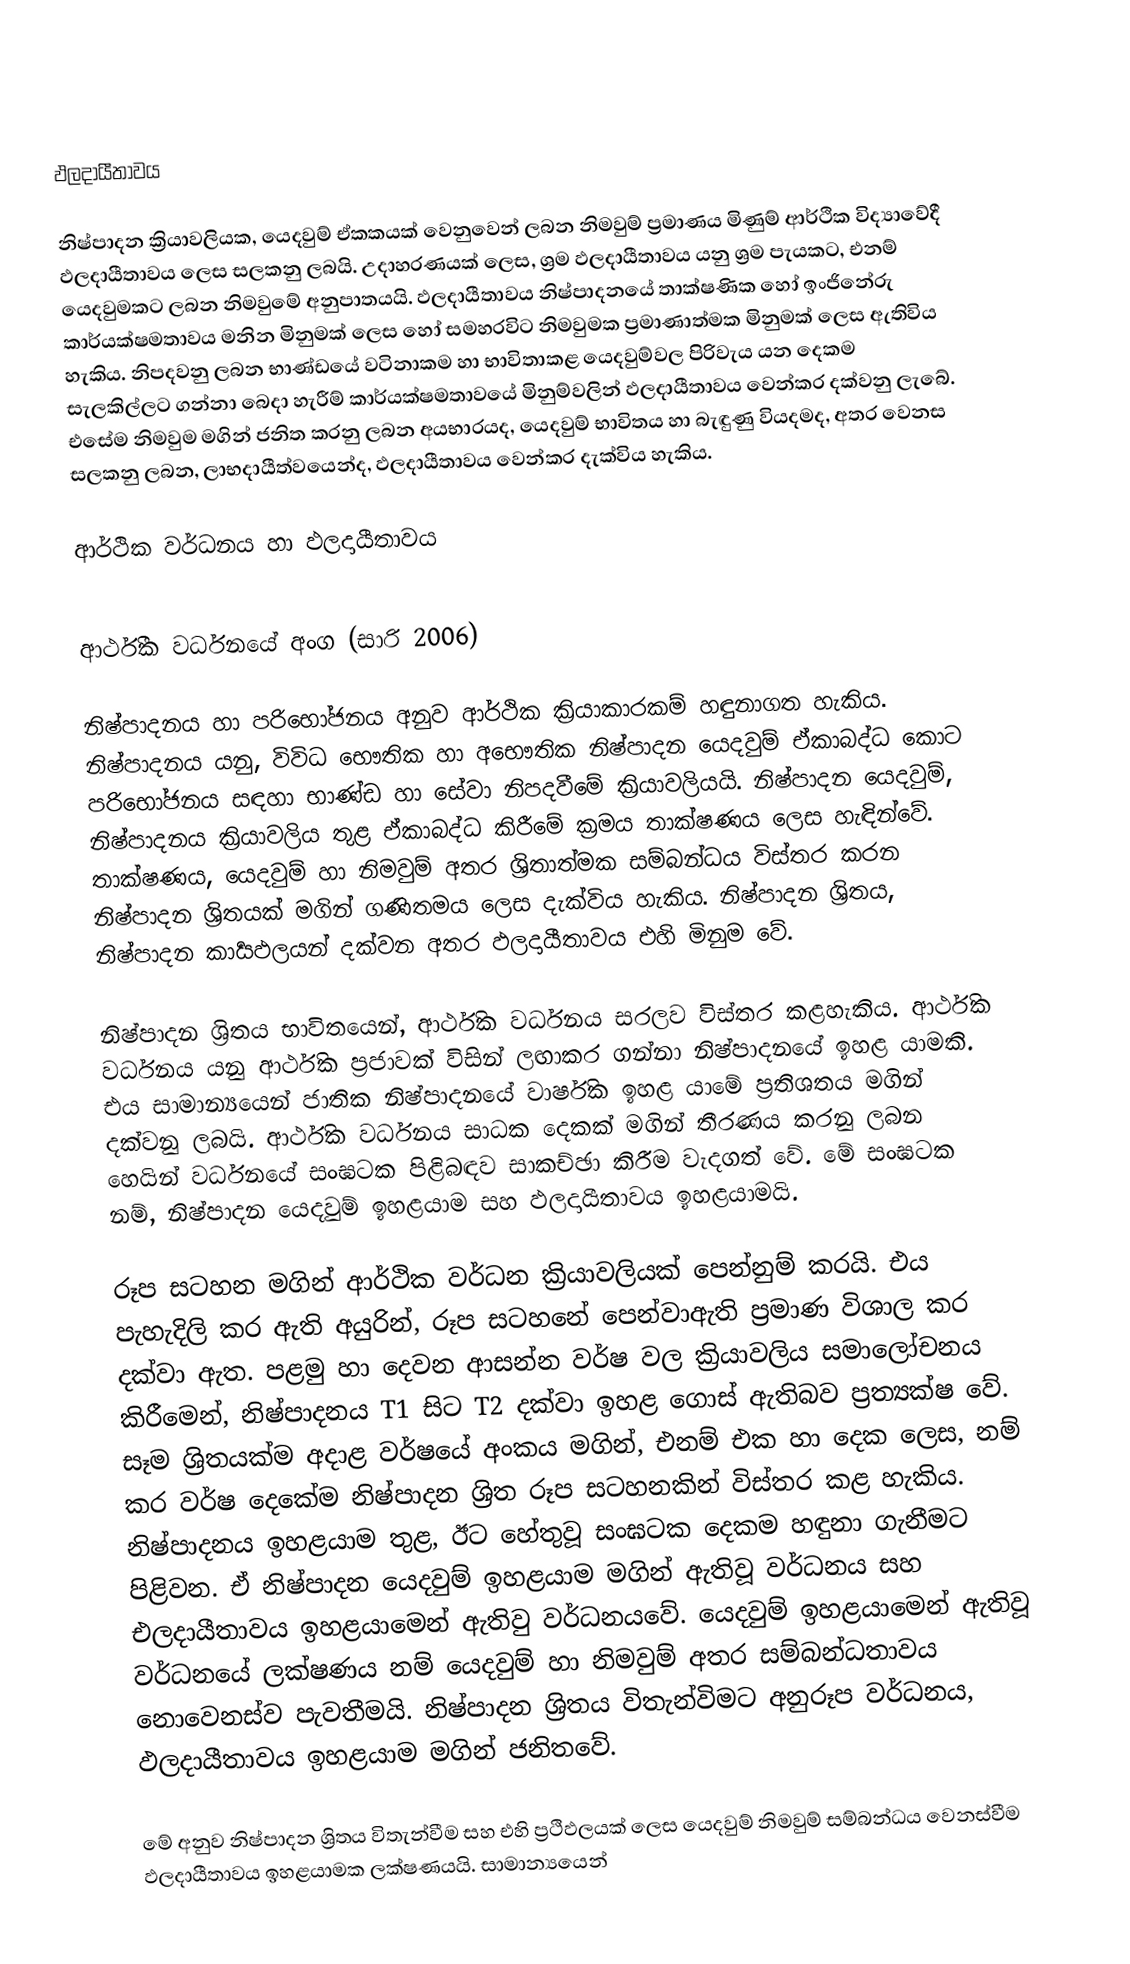

ඵලදායීතාවය

නිෂ්පාදන ක්‍රියාවලියක, යෙදවුම් ඒකකයක් වෙනුවෙන් ලබන නිමවුම් ප්‍රමාණය මිණුම් ආර්ථික විද්‍යාවේදී ඵලදායීතාවය ලෙස සලකනු ලබයි. උදාහරණයක් ලෙස, ශ්‍රම ඵලදායීතාවය යනු ශ්‍රම පැයකට, එනම් යෙදවුමකට ලබන නිමවුමේ අනුපාතයයි. ඵලදායීතාවය නිෂ්පාදනයේ තාක්ෂණික හෝ ඉංජිනේරු කාර්යක්ෂමතාවය මනින මිනුමක් ලෙස හෝ සමහරවිට නිමවුමක ප්‍රමාණාත්මක මිනුමක් ලෙස ඇතිවිය හැකිය. නිපදවනු ලබන භාණ්ඩයේ වටිනාකම හා භාවිතාකළ යෙදවුම්වල පිරිවැය යන දෙකම සැලකිල්ලට ගන්නා බෙදා හැරීම් කාර්යක්ෂමතාවයේ මිනුම්වලින් ඵලදායීතාවය වෙන්කර දක්වනු ලැබේ. එසේම නිමවුම මගින් ජනිත කරනු ලබන අයභාරයද, යෙදවුම් භාවිතය හා බැඳුණු වියදමද, අතර වෙනස සලකනු ලබන, ලාභදායීත්වයෙන්ද, ඵලදායීතාවය වෙන්කර දැක්විය හැකිය.

ආර්ථික වර්ධනය හා ඵලදායීතාවය

ආර්ථීක වර්ධනයේ අංග (සාරි 2006)

නිෂ්පාදනය හා පරිභෝජනය අනුව ආර්ථික ක්‍රියාකාරකම් හඳුනාගත හැකිය. නිෂ්පාදනය යනු, විවිධ භෞතික හා අභෞතික නිෂ්පාදන යෙදවුම් ඒකාබද්ධ කොට පරිභෝජනය සඳහා භාණ්ඩ හා සේවා නිපදවීමේ ක්‍රියාවලියයි. නිෂ්පාදන යෙදවුම්, නිෂ්පාදනය ක්‍රියාවලිය තුළ ඒකාබද්ධ කිරීමේ ක්‍රමය තාක්ෂණය ලෙස හැඳින්වේ. තාක්ෂණය, යෙදවුම් හා නිමවුම් අතර ශ්‍රිතාත්මක සම්බන්ධය විස්තර කරන නිෂ්පාදන ශ්‍රිතයක් මගින් ගණිතමය ලෙස දැක්විය හැකිය. නිෂ්පාදන ශ්‍රිතය, නිෂ්පාදන කාර්‍යඵලයන් දක්වන අතර ඵලදායීතාවය එහි මිනුම වේ.

නිෂ්පාදන ශ්‍රිතය භාවිතයෙන්, ආර්ථික වර්ධනය සරලව විස්තර කළහැකිය. ආර්ථික වර්ධනය යනු ආර්ථික ප්‍රජාවක් විසින් ලඟාකර ගන්නා නිෂ්පාදනයේ ඉහළ යාමකි. එය සාමාන්‍යයෙන් ජාතික නිෂ්පාදනයේ වාර්ෂික ඉහළ යාමේ ප්‍රතිශතය මගින් දක්වනු ලබයි. ආර්ථික වර්ධනය සාධක දෙකක් මගින් තීරණය කරනු ලබන හෙයින් වර්ධනයේ සංඝටක පිළිබඳව සාකච්ඡා කිරීම වැදගත් වේ. මේ සංඝටක නම්, නිෂ්පාදන යෙදවුම් ඉහළයාම සහ ඵලදායීතාවය ඉහළයාමයි.

රූප සටහන මගින් ආර්ථික වර්ධන ක්‍රියාවලියක් පෙන්නුම් කරයි. එය පැහැදිලි කර ඇති අයුරින්, රූප සටහනේ පෙන්වාඇති ප්‍රමාණ විශාල කර දක්වා ඇත. පළමු හා දෙවන ආසන්න වර්ෂ වල ක්‍රියාවලිය සමාලෝචනය කිරීමෙන්, නිෂ්පාදනය T1 සිට T2 දක්වා ඉහළ ගොස් ඇතිබව ප්‍රත්‍යක්ෂ වේ. සෑම ශ්‍රිතයක්ම අදාළ වර්ෂයේ අංකය මගින්, එනම් එක හා දෙක ලෙස, නම් කර වර්ෂ දෙකේම නිෂ්පාදන ශ්‍රිත රූප සටහනකින් විස්තර කළ හැකිය. නිෂ්පාදනය ඉහළයාම තුළ, ඊට හේතුවූ සංඝටක දෙකම හඳුනා ගැනීමට පිළිවන. ඒ නිෂ්පාදන යෙදවුම් ඉහළයාම මගින් ඇතිවූ වර්ධනය සහ එලදායීතාවය ඉහළයාමෙන් ඇතිවු වර්ධනයවේ. යෙදවුම් ඉහළයාමෙන් ඇතිවූ වර්ධනයේ ලක්ෂණය නම් යෙදවුම් හා නිමවුම් අතර සම්බන්ධතාවය නොවෙනස්ව පැවතීමයි. නිෂ්පාදන ශ්‍රිතය විතැන්විමට අනුරූප වර්ධනය, ඵලදායීතාවය ඉහළයාම මගින් ජනිතවේ.

මේ අනුව නිෂ්පාදන ශ්‍රිතය විතැන්වීම සහ එහි ප්‍රථිඵලයක් ලෙස යෙදවුම් නිමවුම් සම්බන්ධය වෙනස්වීම ඵලදායීතාවය ඉහළයාමක ලක්ෂණයයි. සාමාන්‍යයෙන්